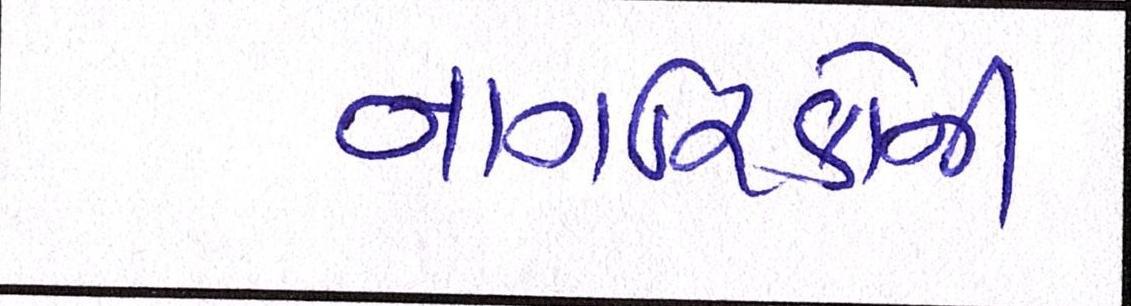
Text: નાગરિકોની